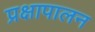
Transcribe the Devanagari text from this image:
प्रक्षापालन